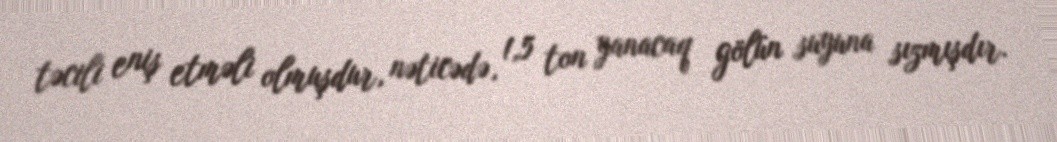
təcili eniş etməli olmuşdur, nəticədə, 1,5 ton yanacaq gölün suyuna sızmışdır.